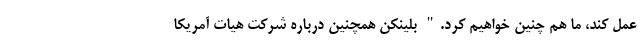
عمل کند، ما هم چنین خواهیم کرد." بلینکن همچنین درباره شرکت هیات آمریکا